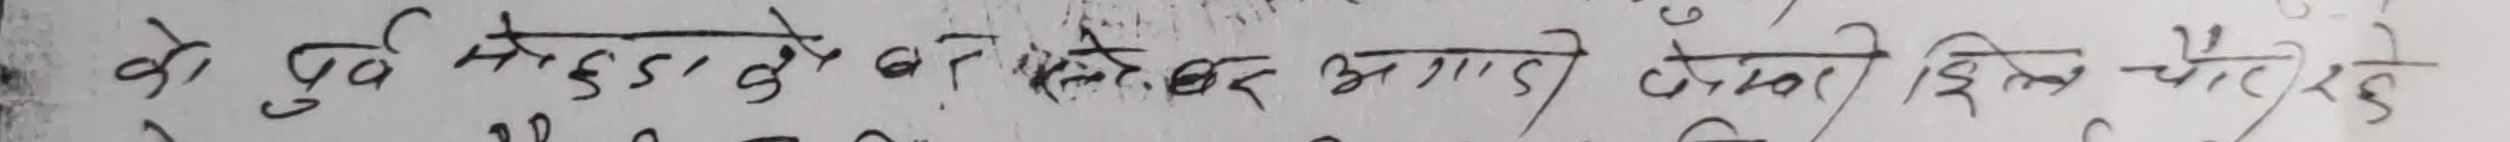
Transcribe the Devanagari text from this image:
वो पूर्व महुवा को बनकर आगे बढ़ते तो किसी झील पैरो रहे